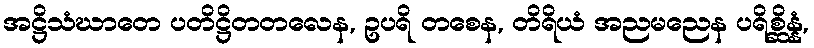
အဋ္ဌိသံဃာတေ ပတိဋ္ဌိတတလေန, ဥပရိ တစေန, တိရိယံ အညမညေန ပရိစ္ဆိန္နံ,